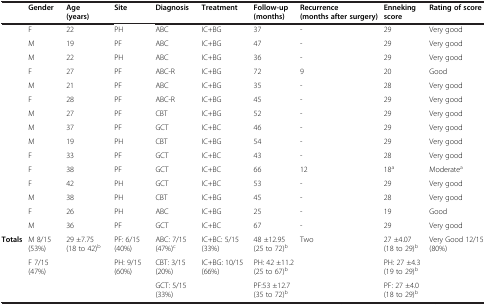
|  | Gender | Age (years) | Site | Diagnosis | Treatment | Follow-up (months) | Recurrence (months after surgery) | Enneking score | Rating of score |
 | --- | --- | --- | --- | --- | --- | --- | --- | --- | --- |
 |  | F | 22 | PH | ABC | IC+BG | 37 | - | 29 | Very good |
 |  | M | 19 | PF | ABC | IC+BG | 47 | - | 29 | Very good |
 |  | M | 22 | PH | ABC | IC+BG | 36 | - | 29 | Very good |
 |  | F | 27 | PF | ABC-R | IC+BG | 72 | 9 | 20 | Good |
 |  | M | 21 | PF | ABC | IC+BG | 35 | - | 28 | Very good |
 |  | F | 28 | PF | ABC-R | IC+BG | 45 | - | 29 | Very good |
 |  | M | 27 | PF | CBT | IC+BG | 52 | - | 29 | Very good |
 |  | M | 37 | PF | GCT | IC+BC | 46 | - | 29 | Very good |
 |  | M | 19 | PH | CBT | IC+BG | 54 | - | 29 | Very good |
 |  | F | 33 | PF | GCT | IC+BC | 43 | - | 28 | Very good |
 |  | F | 38 | PF | GCT | IC+BC | 66 | 12 | 18a | Moderatea |
 |  | F | 42 | PH | GCT | IC+BC | 53 | - | 29 | Very good |
 |  | M | 38 | PH | CBT | IC+BG | 45 | - | 28 | Very good |
 |  | F | 26 | PH | ABC | IC+BG | 25 | - | 19 | Good |
 |  | M | 36 | PF | GCT | IC+BC | 67 | - | 29 | Very good |
 | Totals | M 8/15 (53%) | 29 ±7.75 (18 to 42)b | PF: 6/15 (40%) | ABC: 7/15 (47%)c | IC+BC: 5/15 (33%) | 48 ±12.95 (25 to 72)b | Two | 27 ±4.07 (18 to 29)b | Very Good 12/15 (80%) |
 |  | F 7/15 (47%) |  | PH: 9/15 (60%) | CBT: 3/15 (20%) | IC+BG: 10/15 (66%) | PH: 42 ±11.2 (25 to 67)b |  | PH: 27 ±4.3 (19 to 29)b |  |
 |  |  |  |  | GCT: 5/15 (33%) |  | PF:53 ±12.7 (35 to 72)b |  | PF: 27 ±4.0 (18 to 29)b |  |